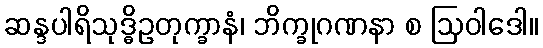
ဆန္ဒပါရိသုဒ္ဓိဥတုက္ခာနံ၊ ဘိက္ခုဂဏနာ စ ဩဝါဒေါ။